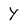
Character: Y